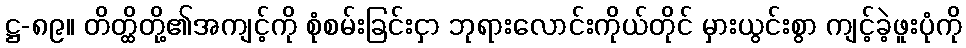
ဋ္ဌ-၈၉။ တိတ္ထိတို့၏အကျင့်ကို စုံစမ်းခြင်းငှာ ဘုရားလောင်းကိုယ်တိုင် မှားယွင်းစွာ ကျင့်ခဲ့ဖူးပုံကို